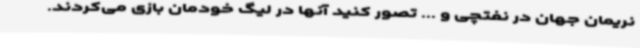
نریمان جهان در نفتچی و ... تصور کنید آنها در لیگ خودمان بازی می‌کردند.